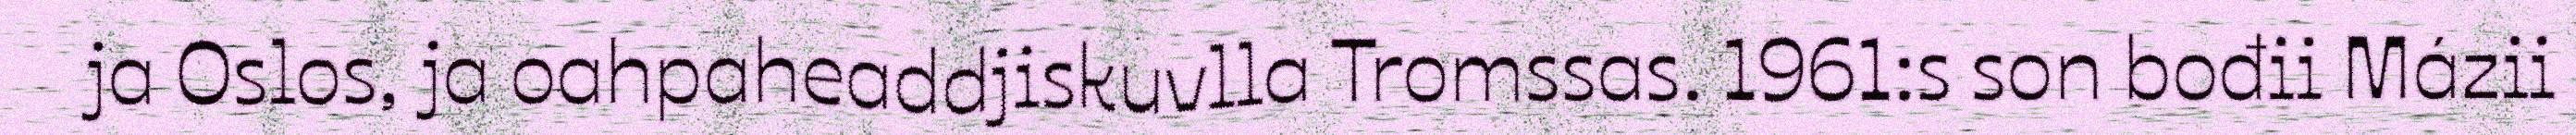
ja Oslos, ja oahpaheaddjiskuvlla Tromssas. 1961:s son bođii Mázii